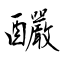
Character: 釅